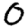
Digit: 0